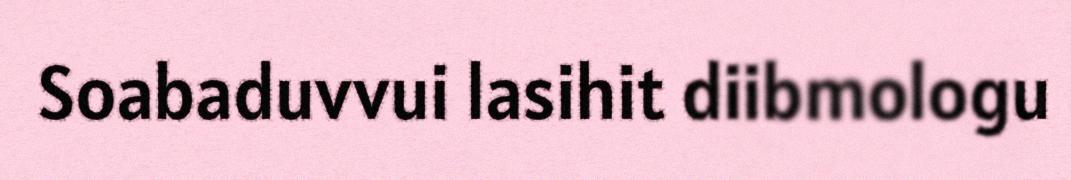
Soabaduvvui lasihit diibmologu